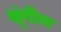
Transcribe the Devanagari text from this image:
श्रृंगीय